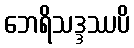
ဘေရိသဒ္ဒဿပိ